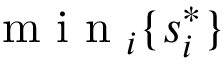
\textrm { m i n } _ { i } \{ s _ { i } ^ { * } \}